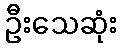
ဦးသေဆုံး